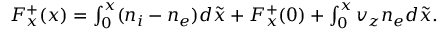
\begin{array} { r } { F _ { x } ^ { + } ( x ) = \int _ { 0 } ^ { x } ( n _ { i } - n _ { e } ) d \tilde { x } + F _ { x } ^ { + } ( 0 ) + \int _ { 0 } ^ { x } v _ { z } n _ { e } d \tilde { x } . } \end{array}